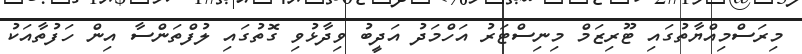
މިރަސްމިއްޔާތުގައި ޓޫރިޒަމް މިނިސްޓަރު އަހްމަދު އަދީބު ވިދާޅުވި ގޮތުގައި ލުފްތަންސާ އިން ހަފުތާއަކު